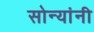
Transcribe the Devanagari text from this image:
सोन्यांनी